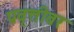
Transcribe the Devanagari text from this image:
प्रवृत्तीवर